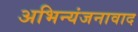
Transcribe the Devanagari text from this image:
अभिन्यंजनावाद